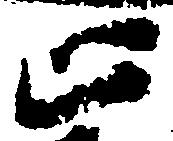
止